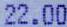
22.00